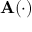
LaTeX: \mathbf { A } ( \cdot )